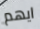
ايهم